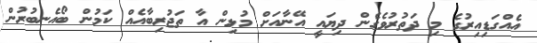
އެއްގަޑިއިރުގެ މި ދަތުރުވެގެން ދިޔައީ އޭނާއަށް މުޅިން އާ ތަޖުރިބާއެއް ކަމުން ބޯއެނބުރުން